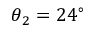
\theta _ { 2 } = 2 4 ^ { \circ }